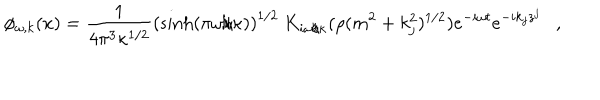
\phi _ { \omega , k } ( x ) = { \frac { 1 } { 4 \pi ^ { 3 } \kappa ^ { 1 / 2 } } } \left( \sinh ( \pi \omega / \kappa ) \right) ^ { 1 / 2 } ~ K _ { i \omega / \kappa } ( \rho ( m ^ { 2 } + k _ { j } ^ { 2 } ) ^ { 1 / 2 } ) e ^ { - i \omega t } e ^ { - i k _ { j } z ^ { j } } ,